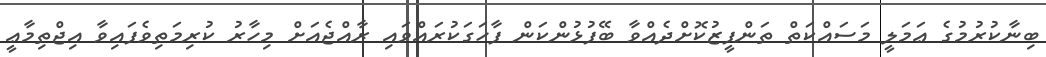
ބިނާކުރުމުގެ ޢަމަލީ މަސައްކަތް ތަންފީޒުކޮށްދެއްވާ ބޭފުޅުންކަން ފާހަގަކުރައްވައި ރާއްޖެއަށް މިހާރު ކުރިމަތިވެފައިވާ އިޖްތިމާޢީ